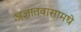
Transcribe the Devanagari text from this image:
अज्ञातवासामधे